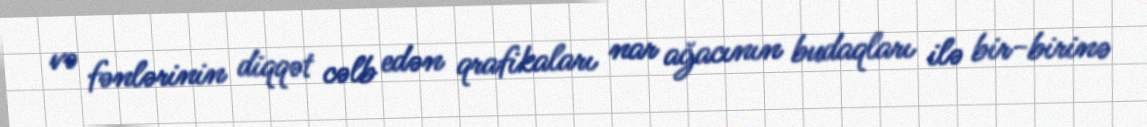
və fənlərinin diqqət cəlb edən qrafikaları nar ağacının budaqları ilə bir-birinə